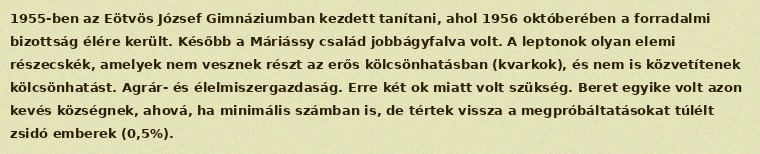
1955-ben az Eötvös József Gimnáziumban kezdett tanítani, ahol 1956 októberében a forradalmi bizottság élére került. Később a Máriássy család jobbágyfalva volt. A leptonok olyan elemi részecskék, amelyek nem vesznek részt az erős kölcsönhatásban (kvarkok), és nem is közvetítenek kölcsönhatást. Agrár- és élelmiszergazdaság. Erre két ok miatt volt szükség. Beret egyike volt azon kevés községnek, ahová, ha minimális számban is, de tértek vissza a megpróbáltatásokat túlélt zsidó emberek (0,5%).